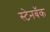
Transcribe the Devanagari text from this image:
स्टेनबॅक